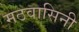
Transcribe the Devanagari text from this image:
मठवासिनी